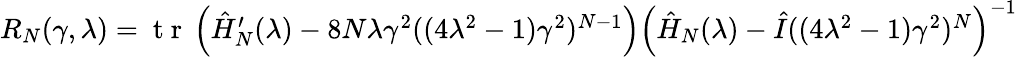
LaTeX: \begin{array}{r}{R_{N}(\gamma,\lambda)=\mathrm{~t~r~}\, {\left(\hat{H}_{N}^{\prime}(\lambda)-8N\lambda\gamma^{2}((4\lambda^{2}-1)\gamma^{2})^{N-1}\right)\left(\hat{H}_{N}(\lambda)-\hat{I}((4\lambda^{2}-1)\gamma^{2})^{N}\right)^{-1}}}\end{array}